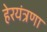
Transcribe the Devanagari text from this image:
हेरयंत्रणा